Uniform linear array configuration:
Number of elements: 8
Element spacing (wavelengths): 0.25
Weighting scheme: binomial
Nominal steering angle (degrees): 30
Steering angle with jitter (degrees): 29.566
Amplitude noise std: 0.05
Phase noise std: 0.05

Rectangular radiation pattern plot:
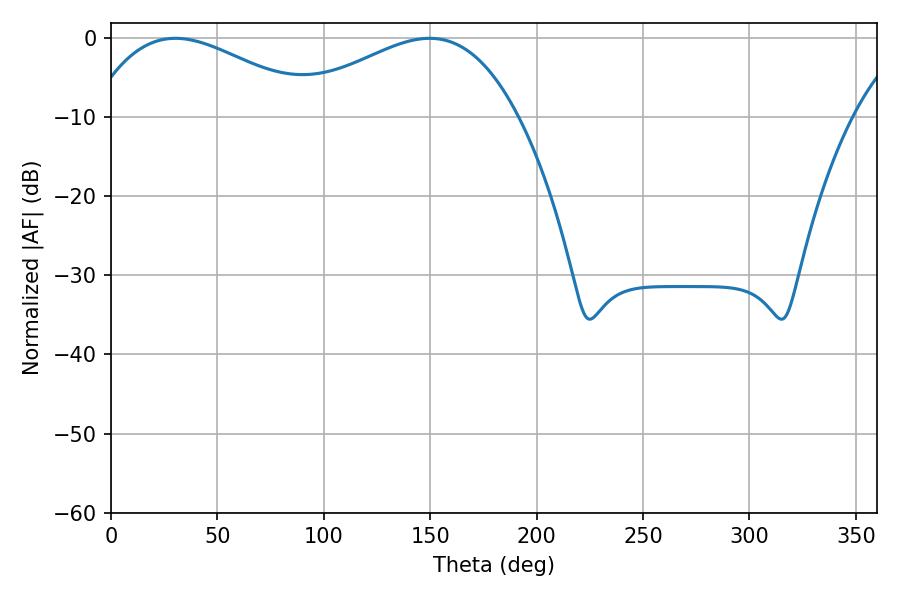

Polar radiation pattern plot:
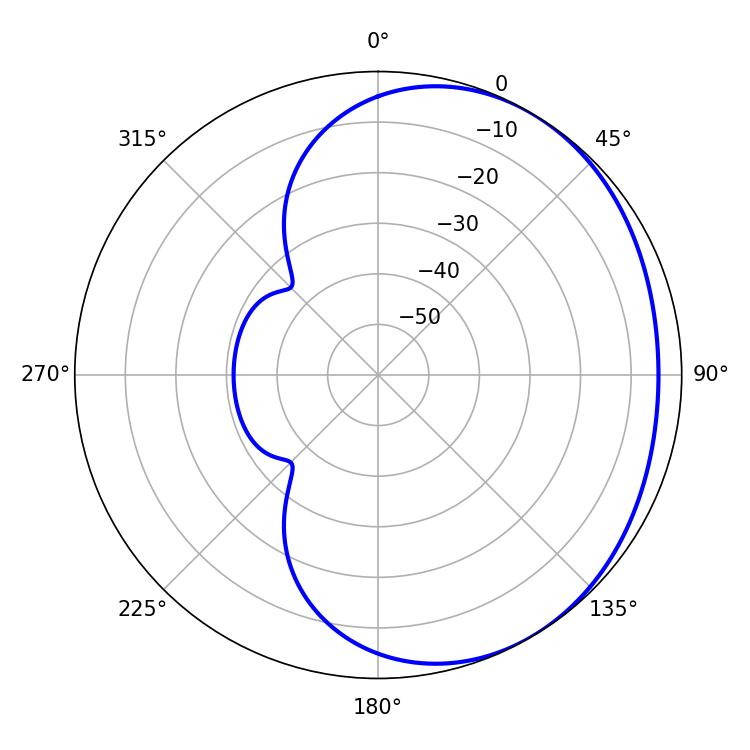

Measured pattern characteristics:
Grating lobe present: FALSE
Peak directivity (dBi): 2.152
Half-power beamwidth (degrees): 58.86
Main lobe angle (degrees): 30.24